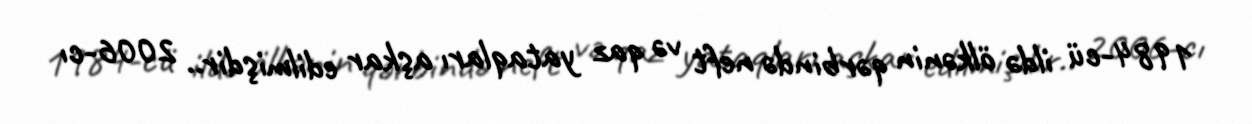
1984-cü ildə ölkənin qərbində neft və qaz yataqları aşkar edilmişdir.. 2006-cı